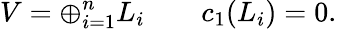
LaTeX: V=\oplus_{i=1}^{n}L_{i}\qquad c_{1}(L_{i})=0.